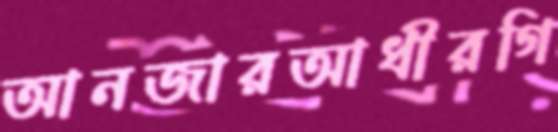
আনজারআধীরগি